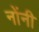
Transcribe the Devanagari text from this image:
नोंनी